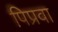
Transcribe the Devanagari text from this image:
पिप्रवा